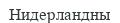
Нидерландны